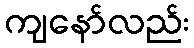
ကျနော်လည်း